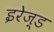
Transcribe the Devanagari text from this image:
इरेज़्ड